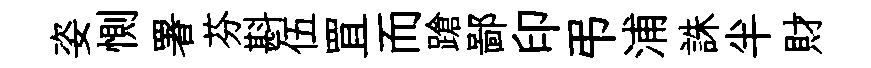
姿惻署芬斟伍罝而蹌鄙印弔浦誅半財